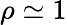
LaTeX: \rho\simeq 1